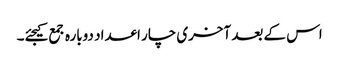
اس کے بعد آخری چار اعداد دوبارہ جمع کیجئے۔